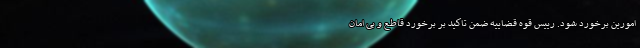
امورین برخورد شود. رییس قوه قضاییه ضمن تاکید بر برخورد قاطع و بی امان